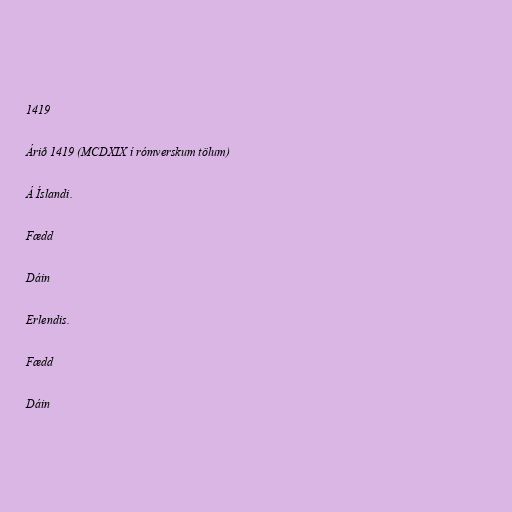
1419

Árið 1419 (MCDXIX í rómverskum tölum)

Á Íslandi.

Fædd

Dáin

Erlendis.

Fædd

Dáin